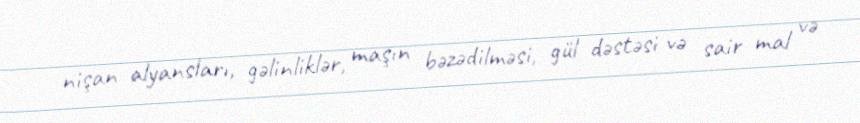
nişan alyansları, gəlinliklər, maşın bəzədilməsi, gül dəstəsi və sair mal və